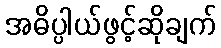
အဓိပ္ပါယ်ဖွင့်ဆိုချက်